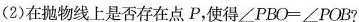
(2)在抛物线上是否存在点P，使得$$∠ P B O = ∠ P O B$$？